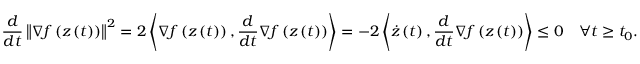
\frac { d } { d t } \left\lVert \nabla f \left( z \left( t \right) \right) \right\rVert ^ { 2 } = 2 \left\langle \nabla f \left( z \left( t \right) \right) , \frac { d } { d t } \nabla f \left( z \left( t \right) \right) \right\rangle = - 2 \left\langle \dot { z } \left( t \right) , \frac { d } { d t } \nabla f \left( z \left( t \right) \right) \right\rangle \leq 0 \quad \forall t \geq t _ { 0 } .